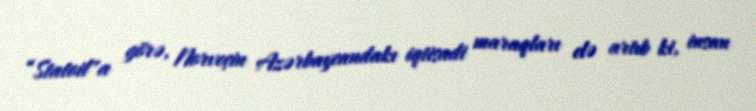
“Statoil"a görə, Norveçin Azərbaycandakı iqtisadi maraqları elə artıb ki, insan